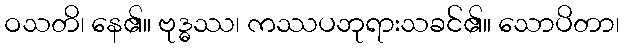
ဝသတိ၊ နေ၏။ ဗုဒ္ဓဿ၊ ကဿပဘုရားသခင်၏။ သောပိတာ၊